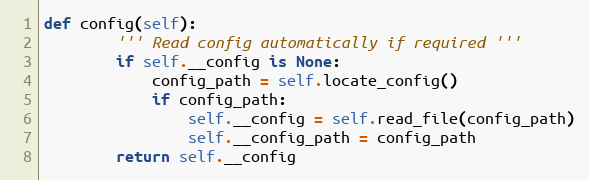
Language: Python
def config(self):
        ''' Read config automatically if required '''
        if self.__config is None:
            config_path = self.locate_config()
            if config_path:
                self.__config = self.read_file(config_path)
                self.__config_path = config_path
        return self.__config